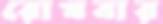
রোখবার